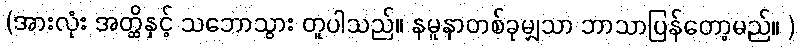
(အားလုံး အတ္ထိနှင့် သဘောသွား တူပါသည်။ နမူနာတစ်ခုမျှသာ ဘာသာပြန်တော့မည်။ )